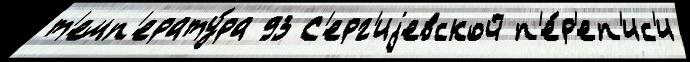
т'емп'ерату́ра 93 С'ерг'иjевской п'е́р'еп'ис'и